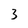
Character: 3